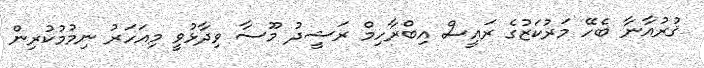
ޤުރުއާނާ ބެހޭ މަރުކަޒުގެ ރައީސް އިބްރާހިމް ރަޝީދު މޫސާ ވިދާޅުވީ މިއަހަރު ނިމުމުކުރިން